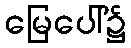
မြေပေါ်၌